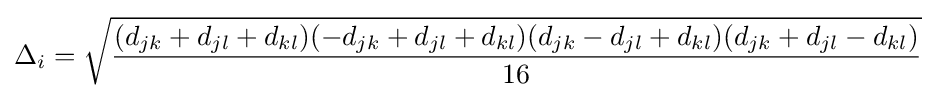
\Delta _{i}={\sqrt {\frac {(d_{jk}+d_{jl}+d_{kl})(-d_{jk}+d_{jl}+d_{kl})(d_{jk}-d_{jl}+d_{kl})(d_{jk}+d_{jl}-d_{kl})}{16}}}